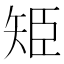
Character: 𮀁